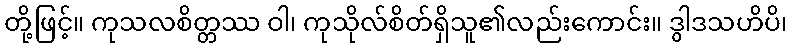
တို့ဖြင့်။ ကုသလစိတ္တဿ ဝါ၊ ကုသိုလ်စိတ်ရှိသူ၏လည်းကောင်း။ ဒွါဒသဟိပိ၊